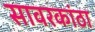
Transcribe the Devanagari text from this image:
सावरकांठा